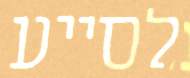
לסייע